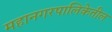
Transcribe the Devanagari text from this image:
महानगरपालिकेतील